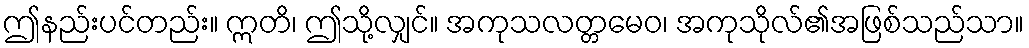
ဤနည်းပင်တည်း။ ဣတိ၊ ဤသို့လျှင်။ အကုသလတ္တမေဝ၊ အကုသိုလ်၏အဖြစ်သည်သာ။